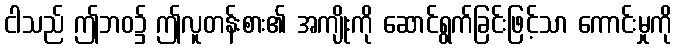
ငါသည် ဤဘဝ၌ ဤလူတန်းစား၏ အကျိုးကို ဆောင်ရွက်ခြင်းဖြင့်သာ ကောင်းမှုကို